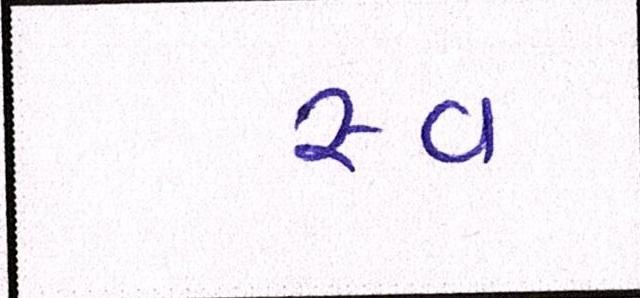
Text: સ્વ